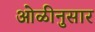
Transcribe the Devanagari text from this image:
ओळीनुसार